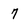
Character: 7